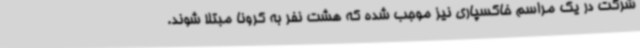
شرکت در یک مراسم خاکسپاری نیز موجب شده که هشت نفر به کرونا مبتلا شوند.